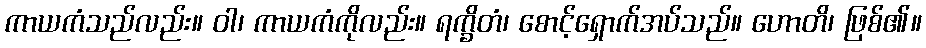
ကာယကံသည်လည်း။ ဝါ၊ ကာယကံကိုလည်း။ ရက္ခိတံ၊ စောင့်ရှောက်အပ်သည်။ ဟောတိ၊ ဖြစ်၏။